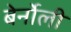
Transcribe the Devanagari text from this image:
बेर्नोली